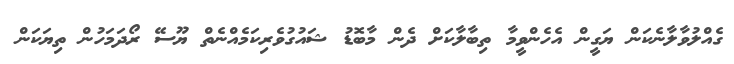
ގެއްލުވާލާނެކަން ޔަގީން އެހެންވީމާ ތިބާލާކަށް ދެން މާބޮޑު ޝައުގުވެރިކަމެއްނެތް ޔޫސޭ ރޯދަމަހުން ތިޔަކަން